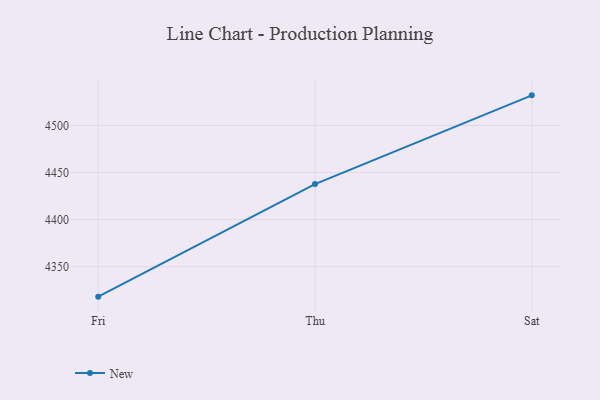
{"axis": {"x": "Day", "y": "Active Users"}, "legend": ["New"], "data": [{"x": "Fri", "y": 4318.2, "type": "New"}, {"x": "Thu", "y": 4437.8, "type": "New"}, {"x": "Sat", "y": 4532.0, "type": "New"}]}